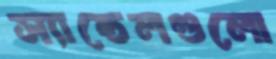
স্যান্ডেলগুলো